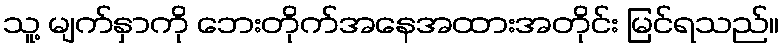
သူ့ မျက်နှာကို ဘေးတိုက်အနေအထားအတိုင်း မြင်ရသည်။